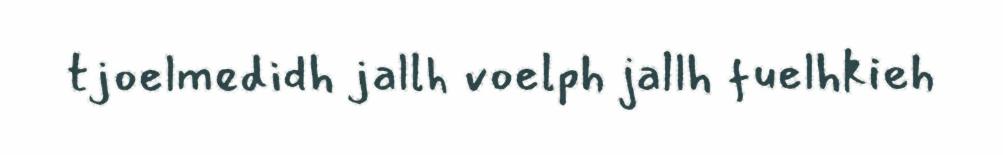
tjoelmedidh jallh voelph jallh fuelhkieh